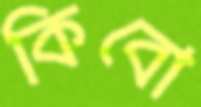
কিবো